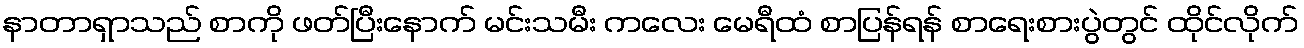
နာတာရှာသည် စာကို ဖတ်ပြီးနောက် မင်းသမီး ကလေး မေရီထံ စာပြန်ရန် စာရေးစားပွဲတွင် ထိုင်လိုက်